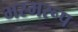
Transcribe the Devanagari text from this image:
भस्मरूप